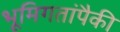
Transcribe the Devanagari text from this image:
भूमिगतांपैकी